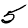
Digit: 5